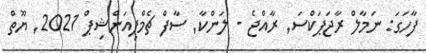
ފާހަގަ: ނަމާލް ރާޖަޕަކްސަ